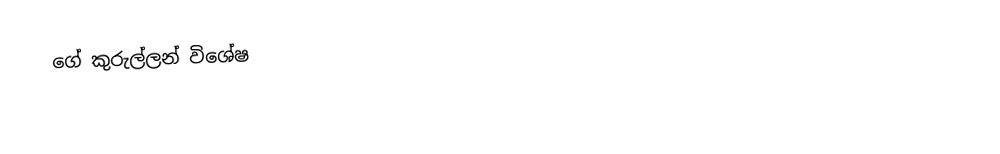
ගේ කුරුල්ලන් විශේෂ